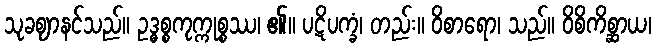
သုခဈာနင်သည်။ ဥဒ္ဓစ္စကုက္ကုစ္စဿ၊ ၏။ ပဋိပက္ခံ၊ တည်း။ ဝိစာရော၊ သည်။ ဝိစိကိစ္ဆာယ၊